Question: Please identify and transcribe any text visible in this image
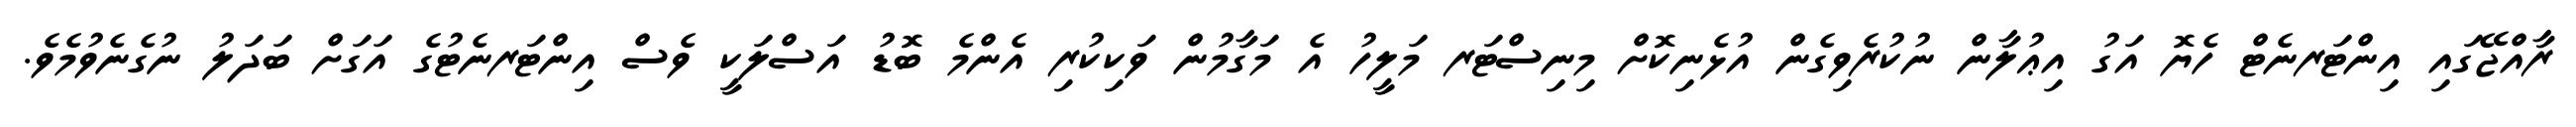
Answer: ރާއްޖޭގައި އިންޓަރނެޓް ހެޔޮ އަގު އިޢުލާން ނުކުރެވިގެން އުޅެނިކޮށް މިނިސްޓަރ މަލީހު އެ މަގާމުން ވަކިކުރި އެންމެ ބޮޑު އަސްލަކީ ވެސް އިންޓަރނެޓުގެ އަގަށް ބަދަލު ނުގެނެވުމެވެ.